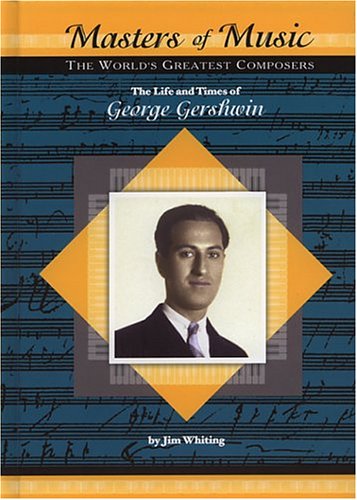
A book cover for The Life and Times of George Gershwin (Masters of Music); Jim Whiting; Teen & Young Adult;